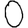
Digit: 0